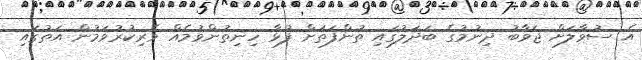
އެ ސުވާލަށް ޖަވާބު ދިނުމުގެ ބަދަލުގައި ތުންފަތަށް ފުޅާ ހިނިތުންވުމެއް ވެރިކުރުވަމުން އަތުގައި